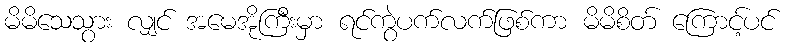
မိမိသေသွား လျှင် အမေအိုကြီးမှာ ရင်ကွဲပက်လက်ဖြစ်ကာ မိမိစိတ် ကြောင့်ပင်